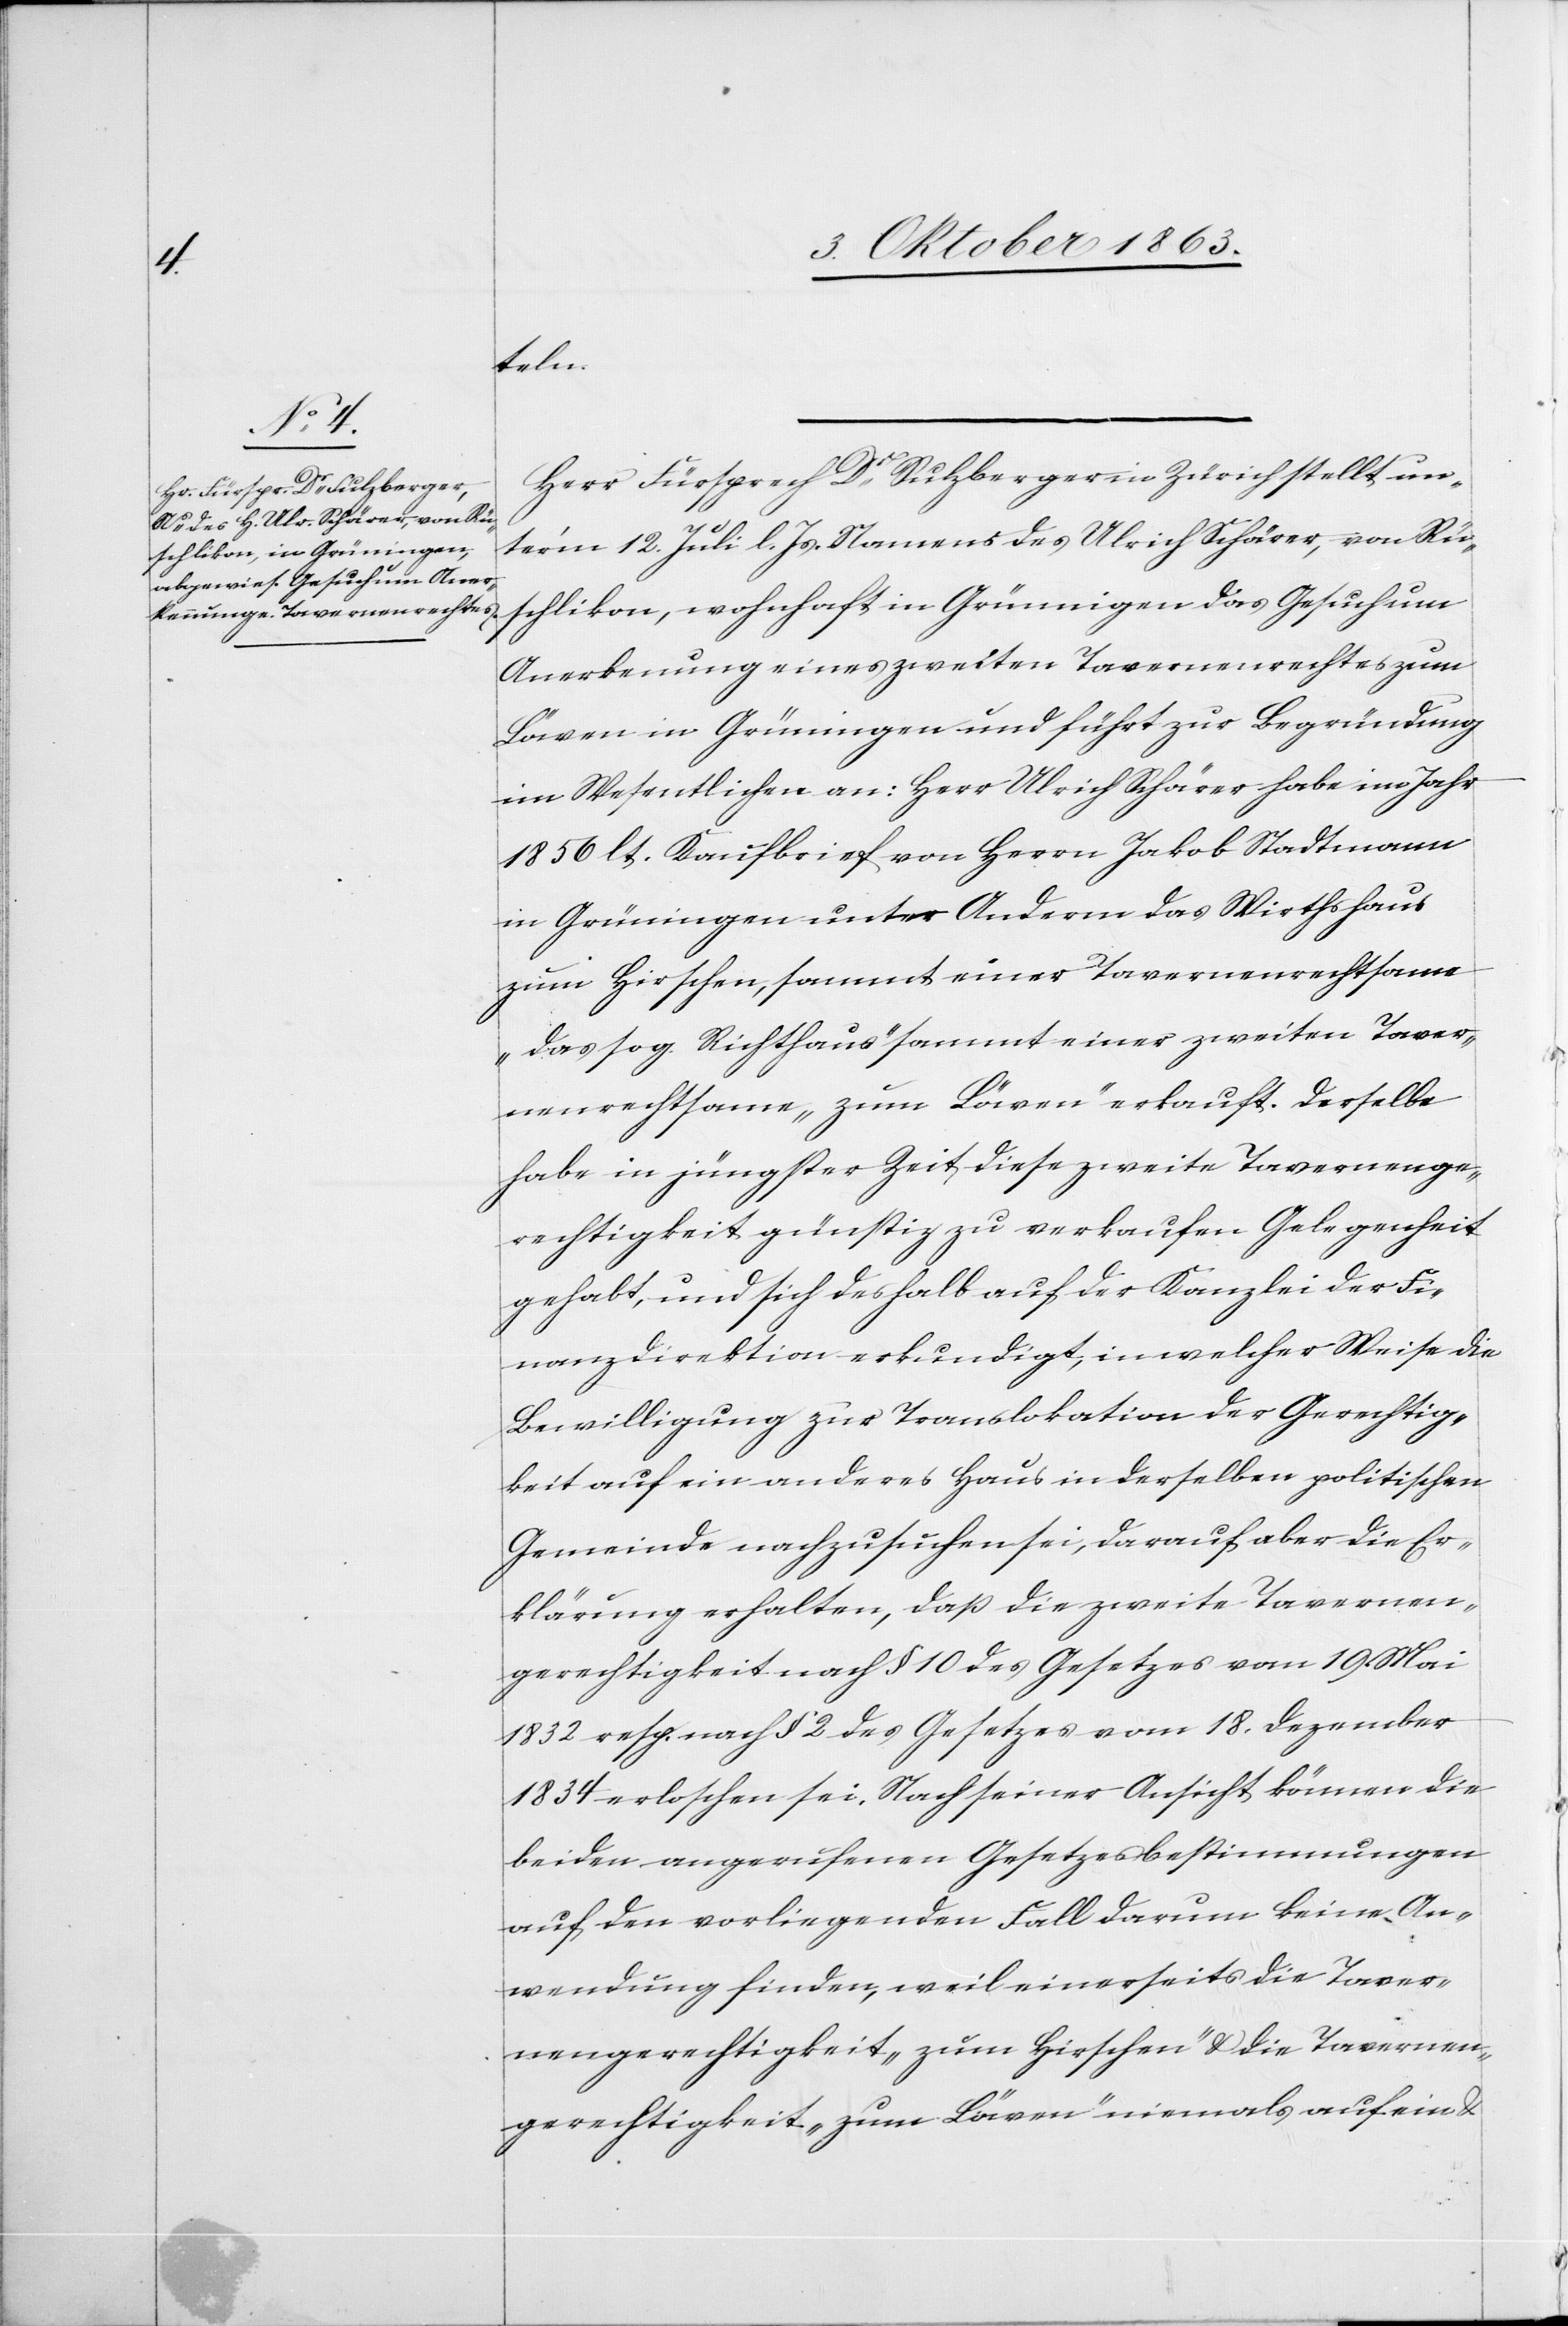
teln.
Herr Fürsprech Dr Sulzberger in Zürich stellt un¬
ter'm 12. Juli l. Js. Namens des Ulrich Schärer, von Rü¬
schlikon, wohnhaft in Grünningen [sic!] das Gesuch um
Anerkenung eines zweiten Tavernenrechtes zum
Löwen in Grüningen und führt zur Begründung
im Wesentlichen an: Herr Ulrich Schärer habe im Jahr
1856 lt. Kaufbrief von Herrn Jakob Stadtmann
in Grüningen unter Anderm das Wirthshaus
zum Hirschen, sammt einer Tavernenrechtsame
„das sog. Richthaus“ sammt einer zweiten Taver¬
nenrechtsame „zum Löwen“ erkauft. Derselbe
habe in jüngster Zeit diese zweite Tavernenge¬
rechtigkeit günstig zu verkaufen Gelegenheit
gehabt, und sich deshalb auf der Kanzlei der Fi¬
nanzdirektion erkundigt, in welcher Weise die
Bewilligung zur Translokation der Gerechtig¬
keit auf ein anderes Haus in derselben politischen
Gemeinde nachzusuchen sei, darauf aber die Er¬
klärung erhalten, daß die zweite Tavernen¬
gerechtigkeit nach § 10 des Gesetzes vom 19. Mai
1832 resp. nach § 2 des Gesetzes vom 18. Dezember
1834 erloschen sei. Nach seiner Ansicht können die
beiden angerufenen Gesetzesbestimmungen
auf den vorliegenden Fall darum keine An¬
wendung finden, weil einerseits die Taver¬
nengerechtigkeit „zum Hirschen“ & die Tavernen¬
gerechtigkeit „zum Löwen“ niemals auf ein